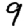
Digit: 9